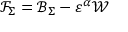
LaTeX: \mathcal { F } _ { \Sigma } = \mathcal { B } _ { \Sigma } - \varepsilon ^ { \alpha } \mathcal { W }